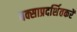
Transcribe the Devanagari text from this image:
बक्साप्रदर्शितकरें